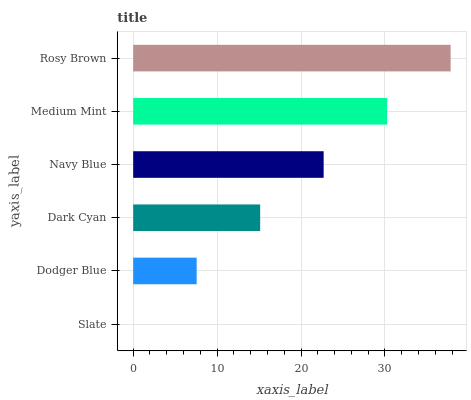
| yaxis_label | bars |
 | --- | --- |
 | Slate | 0 |
 | Dodger Blue | 7.57 |
 | Dark Cyan | 15.1 |
 | Navy Blue | 22.7 |
 | Medium Mint | 30.3 |
 | Rosy Brown | 37.8 |